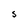
Character: S